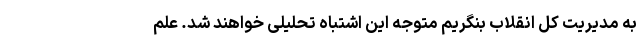
به مدیریت کل انقلاب بنگریم متوجه این اشتباه تحلیلی خواهند شد. علم